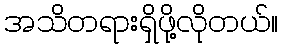
အသိတရားရှိဖို့လိုတယ်။